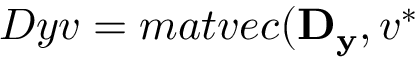
D y v = m a t v e c ( \mathbf { D _ { y } } , v ^ { * }